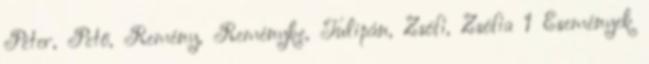
Péter, Pető, Remény, Reményke, Tulipán, Zsófi, Zsófia 1 Események